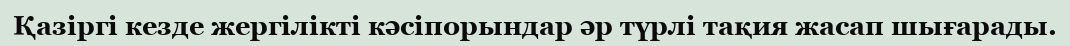
Қазіргі кезде жергілікті кәсіпорындар әр түрлі тақия жасап шығарады.